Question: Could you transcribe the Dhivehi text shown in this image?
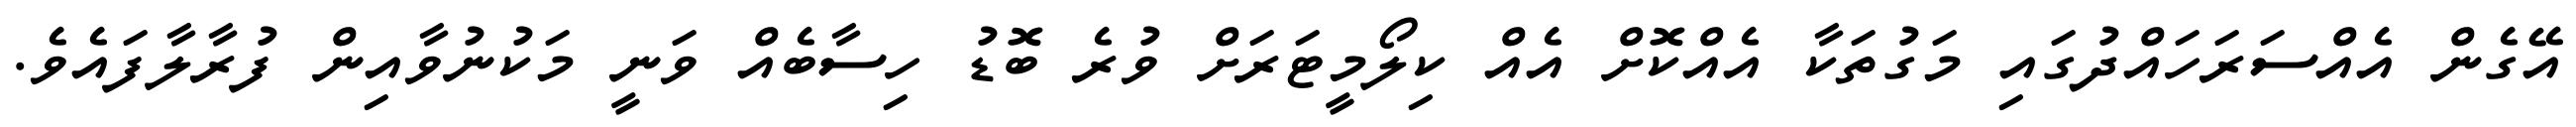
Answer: އޭގެން އެއްސަރަހައްދުގައި މަގުތަކާ އެއްކޮށް އެއް ކިލޯމީޓަރަށް ވުރެ ބޮޑު ހިސާބެއް ވަނީ މަކުނުވާއިން ފުރާލާފައެވެ.